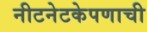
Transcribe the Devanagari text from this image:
नीटनेटकेपणाची